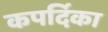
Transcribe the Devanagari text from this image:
कपर्दिका